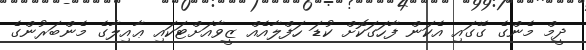
ދީމް މެންގެ ގޭގައި އެކަން ފާހަގަކޮށް ކުޑަ ހަފްލާއެއް ޒީވާއަށްޓަކައި ޢާއިލާގެ މެންބަރުންގެ